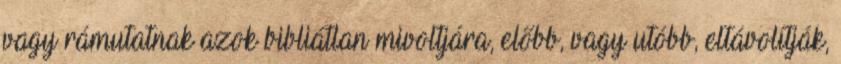
vagy rámutatnak azok bibliátlan mivoltjára, előbb, vagy utóbb, eltávolítják,